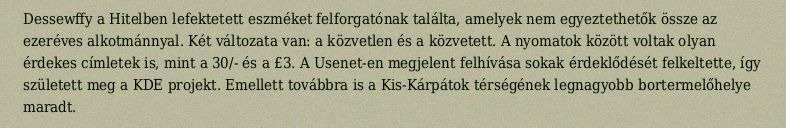
Dessewffy a Hitelben lefektetett eszméket felforgatónak találta, amelyek nem egyeztethetők össze az ezeréves alkotmánnyal. Két változata van: a közvetlen és a közvetett. A nyomatok között voltak olyan érdekes címletek is, mint a 30/- és a £3. A Usenet-en megjelent felhívása sokak érdeklődését felkeltette, így született meg a KDE projekt. Emellett továbbra is a Kis-Kárpátok térségének legnagyobb bortermelőhelye maradt.